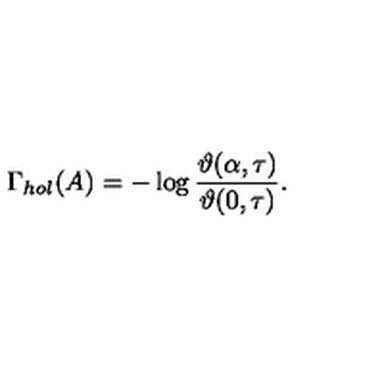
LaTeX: \Gamma _ { h o l } ( A ) = - \log \frac { \vartheta ( \alpha , \tau ) } { \vartheta ( 0 , \tau ) } .